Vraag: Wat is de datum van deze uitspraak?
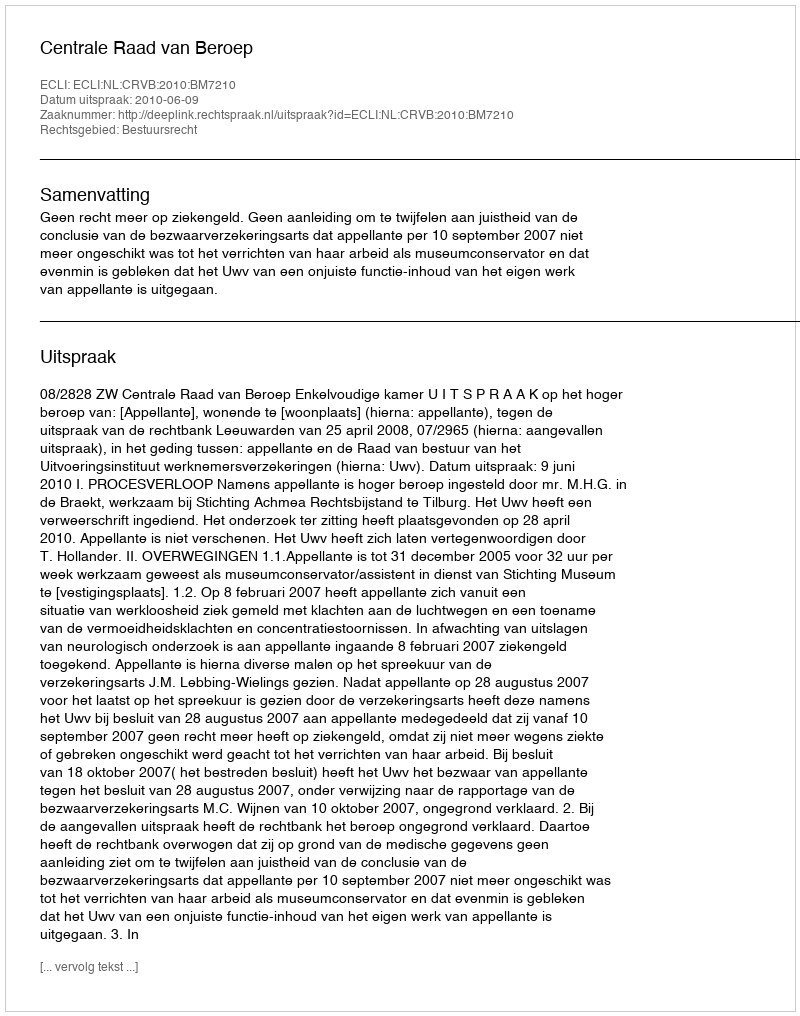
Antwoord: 2010-06-09